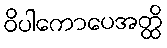
ဝိပါကောပေအတ္ထိ